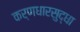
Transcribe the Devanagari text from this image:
कर्णधारसुद्धा